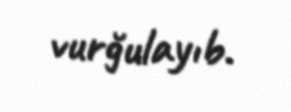
vurğulayıb.